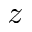
z